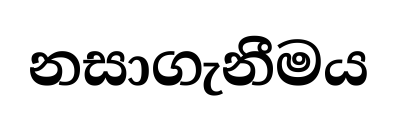
නසාගැනීමය